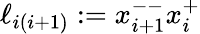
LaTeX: \ell_{i(i+1)}:=x_{i+1}^{--}x_{i}^{+}